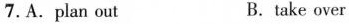
7.A.plan out B.take over